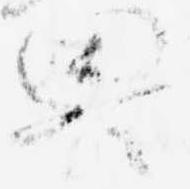
略